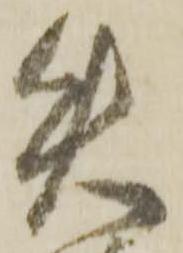
矢